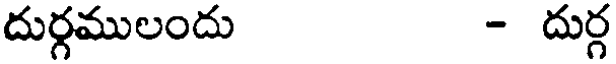
దుర్గములందు - దుర్గ